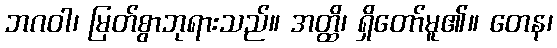
ဘဂဝါ၊ မြတ်စွာဘုရားသည်။ အတ္ထိ၊ ရှိတော်မူ၏။ တေန၊